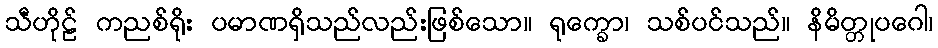
သီဟိုဠ် ကညစ်ရိုး ပမာဏရှိသည်လည်းဖြစ်သော။ ရုက္ခော၊ သစ်ပင်သည်။ နိမိတ္တုပဂေါ၊